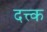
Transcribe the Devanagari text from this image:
दत्त्क